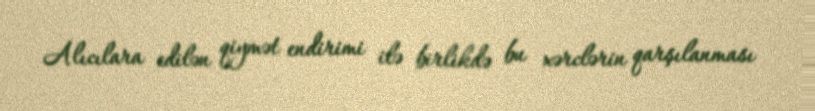
Alıcılara edilən qiymət endirimi ilə birlikdə bu xərclərin qarşılanması